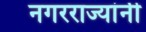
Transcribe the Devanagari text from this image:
नगरराज्यांनी